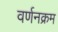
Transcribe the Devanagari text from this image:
वर्णनक्रम